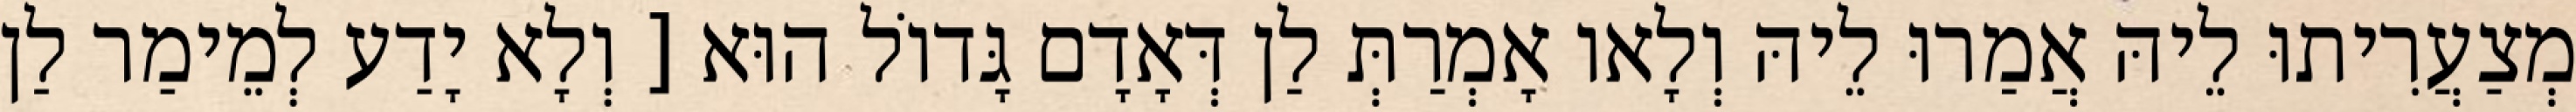
מְצַעֲרִיתוּ לֵיהּ אֲמַרוּ לֵיהּ וְלָאו אָמְרַתְּ לַן דְּאָדָם גָּדוֹל הוּא [ וְלָא יָדַע לְמֵימַר לַן